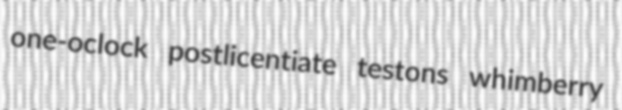
one-oclock postlicentiate testons whimberry